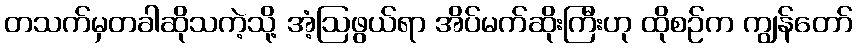
တသက်မှတခါဆိုသကဲ့သို့ အံ့ဩဖွယ်ရာ အိပ်မက်ဆိုးကြီးဟု ထိုစဉ်က ကျွန်တော်